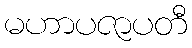
မဟာပဇာပတီ